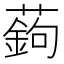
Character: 𦽋